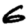
Digit: 6